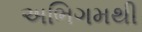
અભિગમથી